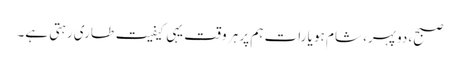
صبح، دوپہر، شام ہو یا رات ہم پر ہر وقت یہی کیفیت طاری رہتی ہے۔